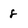
Character: 8